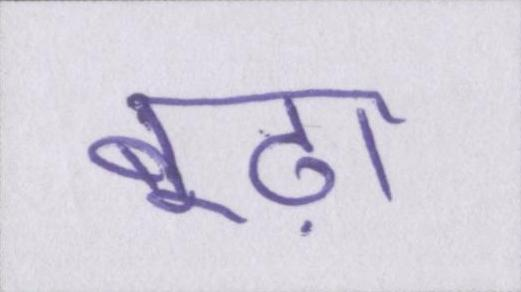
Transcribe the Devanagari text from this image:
बूढ़ा